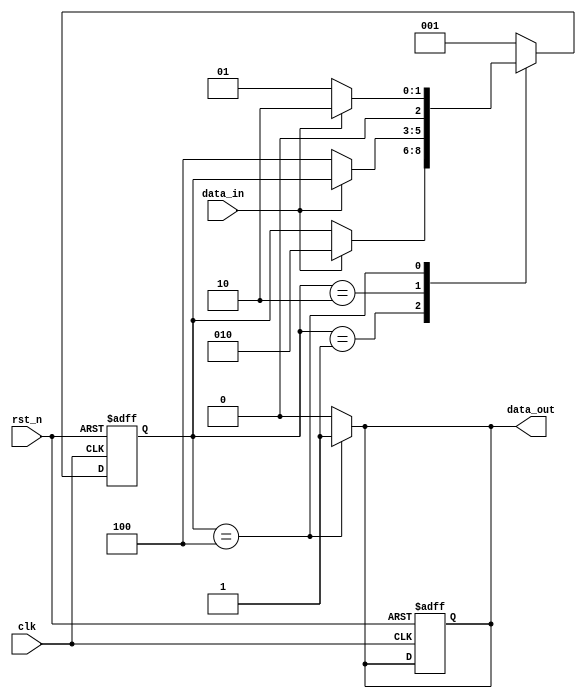
module pulse_detect (
    input wire clk,
    input wire rst_n,
    input wire data_in,
    output reg data_out
);

    // State definitions (one-hot encoding for clarity)
    localparam [2:0] IDLE = 3'b001,
                     PULSE_START = 3'b010,
                     PULSE_END = 3'b100;

    // State register
    reg [2:0] current_state, next_state;

    // Sequential logic for state transition
    always @(posedge clk or negedge rst_n) begin
        if (!rst_n) begin
            // Synchronous reset (active low)
            current_state <= IDLE;
            data_out <= 1'b0;
        end else begin
            current_state <= next_state; // State transition
        end
    end

    // Combinatorial logic for next state and output
    always @(*) begin
        // Default assignments
        next_state = current_state; 
        data_out = 1'b0;

        case (current_state)
            IDLE: begin
                // Waiting for pulse start
                if (data_in == 1'b1) begin
                    next_state = PULSE_START;
                end
            end
            PULSE_START: begin
                // Pulse started, waiting for pulse end
                if (data_in == 1'b0) begin
                    next_state = PULSE_END;
                end
            end
            PULSE_END: begin
                // End of pulse detected, generate output pulse
                data_out = 1'b1;
                // Wait for next pulse
                if (data_in == 1'b0) begin
                    next_state = IDLE;
                end else if (data_in == 1'b1) begin
                    // Handle case where pulse remains high and goes back to low
                    next_state = PULSE_START;
                end
            end
            default: begin
                // Should not reach here, but return to a known state
                next_state = IDLE;
            end
        endcase
    end

endmodule